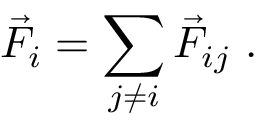
\vec { F } _ { i } = \sum _ { j \neq i } \vec { F } _ { i j } \ .